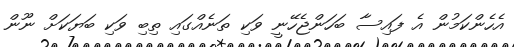
އެހެންކަމުން އެ ފައިސާ ބަހަންޖެހޭނީ ވަކި ތަނެއްގައި ތިބި ވަކި ބަޔަކަށް ނޫން